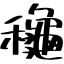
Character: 龝